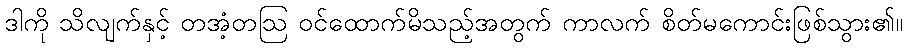
ဒါကို သိလျက်နှင့် တအံ့တဩ ဝင်ထောက်မိသည့်အတွက် ကာလက် စိတ်မကောင်းဖြစ်သွား၏။